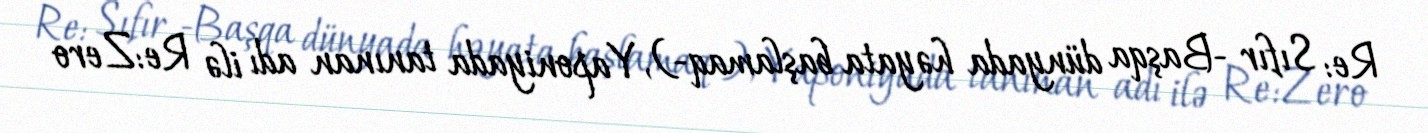
Re: Sıfır -Başqa dünyada həyata başlamaq-), Yaponiyada tanınan adı ilə Re:Zero